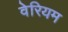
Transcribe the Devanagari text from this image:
वेरियम